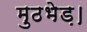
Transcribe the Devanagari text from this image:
मुठभेड़।